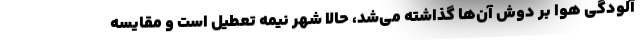
آلودگی هوا بر دوش آن‌ها گذاشته می‌شد، حالا شهر نیمه تعطیل است و مقایسه